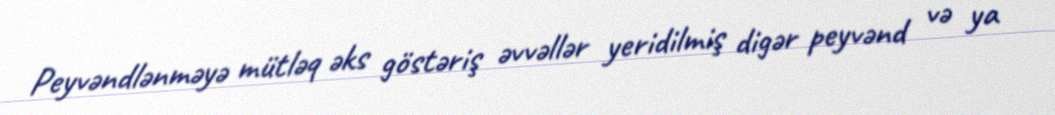
Peyvəndlənməyə mütləq əks göstəriş əvvəllər yeridilmiş digər peyvənd və ya